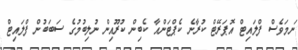
ނަމަވެސް ފްލައިޓް އޮޕަރޭޓް ކުރާނެ ކެޕްޓަންއާ ކެބިން ކުރޫއިން ނުލިބުމުގެ ސަބަބުން ފްލައިޓް